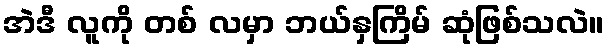
အဲဒီ လူကို တစ် လမှာ ဘယ်နှကြိမ် ဆုံဖြစ်သလဲ။